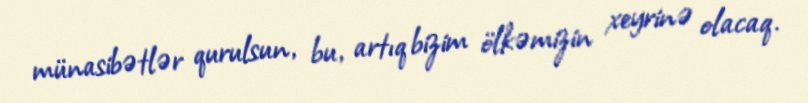
münasibətlər qurulsun, bu, artıq bizim ölkəmizin xeyrinə olacaq.